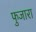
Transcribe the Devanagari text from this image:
फुजारा